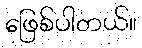
ဖြေစ်ပါတယ်။